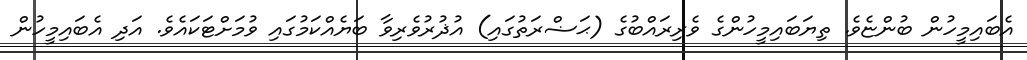
އެބައިމީހުން ބުންޏެވެ. ތިޔަބައިމީހުންގެ ވެރިރައްބުގެ (ޙަޟްރަތުގައި) އުޛުރުވެރިވާ ބަޔެއްކަމުގައި ވުމަށްޓަކައެވެ. އަދި އެބައިމީހުން